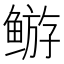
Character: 𬶦